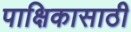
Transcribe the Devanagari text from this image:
पाक्षिकासाठी